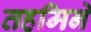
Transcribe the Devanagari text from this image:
तहमिने